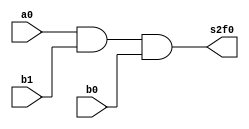
module s2f0(s2f0, a0, b1, b0);
	input a0, b1, b0;
	output s2f0;
	assign s2f0 = (a0 & b1 & b0);
	
endmodule

module s2f1(s2f1, a0, b1, b0);
	input a0, b1, b0;
	output s2f1;
	assign s2f1 = b1 | (a0 & b0);

endmodule

module s1f0(s1f0, a0, b1, b0);
	input a0, b1, b0;
	output s1f0;
	assign s1f0 = (~a0 & b1) | (b1 & ~b0) | (a0 & ~b1 & b0);

endmodule

module s1f1(s1f1, a0, b1, b0);
	input a0, b0, b1;
	output s1f1;
	assign s1f1 = (~a0 & ~b1) | (~b1 & ~b0) | (a0 & b1 & b0);
	
endmodule

module s0(s0, a0, b1, b0);
	input a0, b1, b0;
	output s0;
	assign s0 = a0 ^ b0;

endmodule

module mux(s, a1, f1, f0);
	input a1, f1, f0;
	output s;
	assign s = (a1 & f1) | (~a1 & f0);
	
endmodule